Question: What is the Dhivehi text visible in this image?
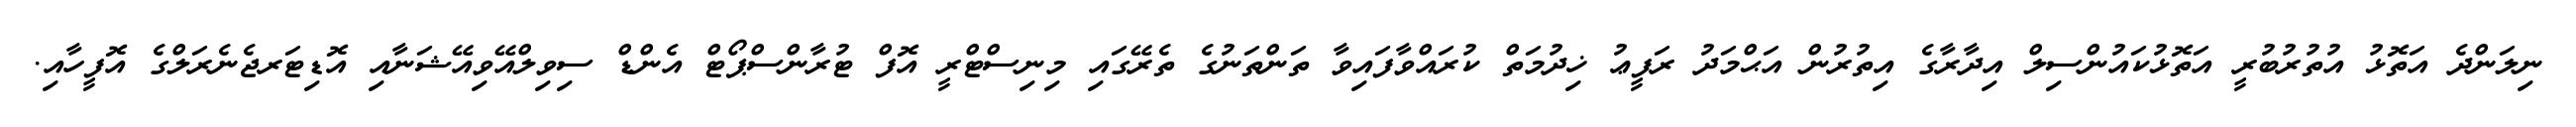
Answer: ނިލަންދެ އަތޮޅު އުތުރުބުރީ އަތޮޅުކައުންސިލް އިދާރާގެ އިތުރުން އަޙްމަދު ރަފީޢު ޚިދުމަތް ކުރައްވާފައިވާ ތަންތަނުގެ ތެރޭގައި މިނިސްޓްރީ އޮފް ޓުރާންސްޕޯޓް އެންޑް ސިވިލްއޭވިއޭޝަނާއި އޮޑިޓަރޖެނެރަލްގެ އޮފީހާއި.